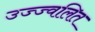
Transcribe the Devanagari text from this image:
उज्ज्वलित